King Institute of Preventive Medicine Micro-Biological Section reports 1912-19
Year: 1912
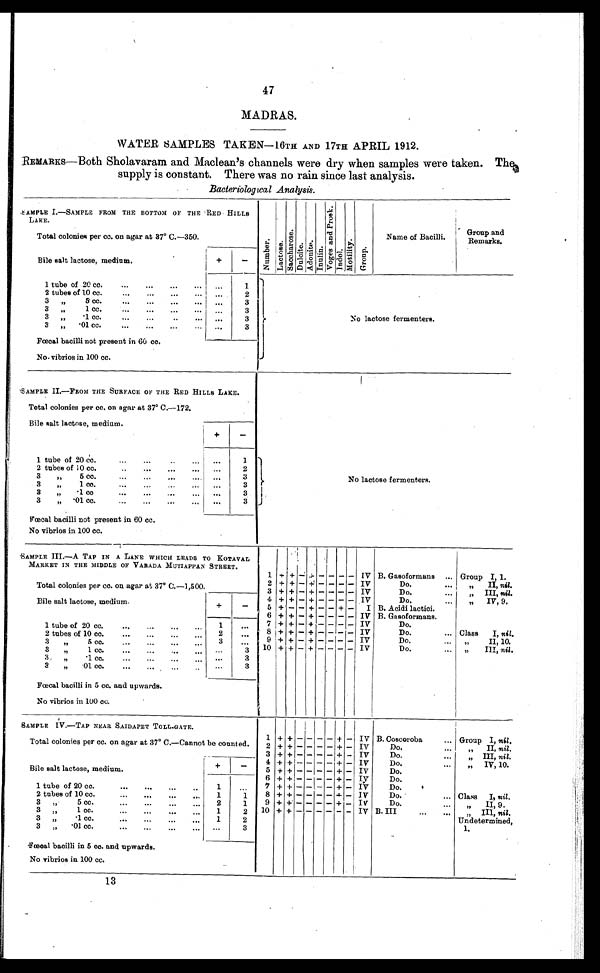
47
MADRAS.
WATER SAMPLES TAKEN-16TH AND 17Tu APRIL 1912.
REMARKS—Both Sholavaram and Maclean's channels were dry when samples were taken. They
supply is constant. There was no rain since last analysis.
Bacteriolog gea1 Analysis.
,AMPLE I.— SAMPLE FROM THE BOTTOM OF THE 'RED HILLS
LAKE.
A4
Total colonies per cc. on agar at 37° C.-350.
a)
cc
ai
0
C3 ai
cri
Name of Bacilli.
Group and
Remarks.
Bile salt lactose, medium.
S
z CS CS
H
O
0
H b13.10
7)7
1z, O
1 tube of 20 cc.
2 tubes of 10 cc.
3
If
5' cc.
3
ft
1 ce.
3
ff
•1 cc.
3
'01 cc.
•6•
•••
GOO
•••
•••
1
2
3
3
3
3
1
No lactose fermenters.
Faecal bacilli not present in 60 cc.
No• vibrios in 100 cc.
SAMPLE IL—FROM THE SURFACE OF THE RED HILLS LAKE.
Total colonies per cc. on agar at 37° C.--172.
Bile salt lactose, medium.
1 tube of 20 cc.
2 tubes of 10 cc.
3
,,
5 cc.
3
ff
1 ce.
3
2,
•1 co
3
•01 cc.
•••
.•.
•••
••.
•.•
•••
•••
...
...
.••
.••
No lactose fermenters.
j
•.•
••.
604
1
2
3
3
3
3
Faecal bacilli not present in 60 cc.
No vibrios in 100 cc.
AMPLE III.—A TAP IN A LANE WHICH LEADS TO KOTAVAL
MARKET IN THE MIDDLE OF VARADA MUTIAPPAN STREET.
1 -t- + --' -/- — — — — IV B. Gasoformans
... Group I, 1.
+
2
+ — 4: — — — — IV
Do.
•••
,,
II, nit .
Total colonies per cc. on agar at 37° C.-1,500.
3 + + — + — — — — IV
Do.
III, nit.
Bile salt lactose, medium.
+
—
4 +
5 +
+
—
—
—
+
+
—
—
—
—
—
+
—
—
IV
I
Do.
13. Acidi lactici.
...
,,
IV, 9.
6 + + — + — — — — IV B. Gasoformans.
1 tube of 20 cc.
•••
•••
."
•••
1
...
7 + + — + — — — — IV
Do.
2 tubes of 10 cc.
•••
•••
•••
0•4
2
•••
8+ + — + — — — — IV
Do.
•.. Class
I, nil
3
5 cc.
""••
—
—
3
...
9 + + — + — — —
— I —
— IV
Do.
II, 10.
3
,,
1 cc.
•••
.• •
...
•••
3
10 + + — + —
— IV
Do.
...
„
III, nit
3
95
'1 cc.
...
...
...
...
•••
3
3
„
01 cc.
...
,..
...
..
•••
3
Faecal bacilli in 5 cc. and upwards.
No vibrios in 100 cc.
,
..,
m
;AMPLE I V .—IAP NEAR SAIDAPET TOLL-GATE.
1 + + — — — — ÷ -- IV B. Coscoroba
... Group I, nil.
Total colonies per cc. on agar at 37° C.—Cannot be counted.
2 + + — — — — + — IV
Do.
...
„
II, nil,
3 +
- - --+ — IV
Do.
...
„
III, nil.
Bile salt lactose, medium.
+
—
1
5
+
+ +
-
—
-
—
--+—
— — + —
IV
IV
Do.
Do.
IV, 10.
6 +
- - --+— Iy
Do.
1 tube of 20 cc.
•••
•••
•••
**
2 tubes of 10 cc.
•••
•••
•••
•••
1
1
...
1
7
8
+ +
+ +
—
— —
— +
— — 4-
—
—
IV
IV
Do.
,
Do.
... Class
I, nil.
3
7)
5 cc.
•••
•••
•••
•••
2
1
9 + +. — — — — + — IV
Do.
II, 9.
3
),
1 cc.
•• •
••4
•••
• 04
1
2
10 +
- - --—— IV B. III
...
...
„
III, nil.
3
,,
.1 cc.
•••
•• •
•••
•••
1
2
Undetermined
3
„
• 01 cc.
•••
••.
...
...
fceoal bacilli in 5 cc. and upwards.
—
3
1.
No vibrios in 100 cc. c.
a)
13